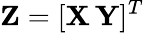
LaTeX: {\mathbf Z}=[{\mathbf X}\, {\mathbf Y}]^{T}